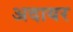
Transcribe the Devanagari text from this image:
अदायर